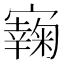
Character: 𡫭